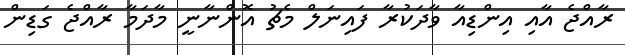
ރާއްޖެ އާއި އިންޑިއާ ވާދަކުރާ ފައިނަލް މެޗު އޮންނާނީ މާދަމާ ރާއްޖެ ގަޑިން